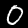
Digit: 0